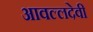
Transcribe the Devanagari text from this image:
आवल्लदेवी